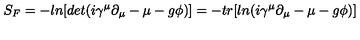
S _ { F } = - l n [ d e t ( i \gamma ^ { \mu } \partial _ { \mu } - \mu - g \phi ) ] = - t r [ l n ( i \gamma ^ { \mu } \partial _ { \mu } - \mu - g \phi ) ]